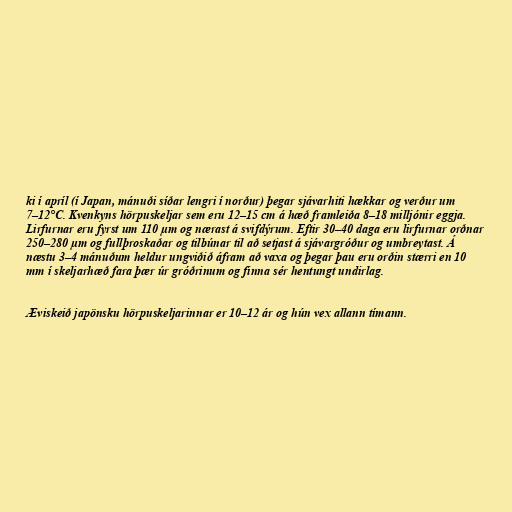
ki í apríl (í Japan, mánuði síðar lengri í norður) þegar sjávarhiti hækkar og verður um
7–12°C. Kvenkyns hörpuskeljar sem eru 12–15 cm á hæð framleiða 8–18 milljónir eggja.
Lirfurnar eru fyrst um 110 µm og nærast á svifdýrum. Eftir 30–40 daga eru lirfurnar orðnar
250–280 µm og fullþroskaðar og tilbúnar til að setjast á sjávargróður og umbreytast. Á
næstu 3–4 mánuðum heldur ungviðið áfram að vaxa og þegar þau eru orðin stærri en 10
mm í skeljarhæð fara þær úr gróðrinum og finna sér hentungt undirlag.

Æviskeið japönsku hörpuskeljarinnar er 10–12 ár og hún vex allann tímann.